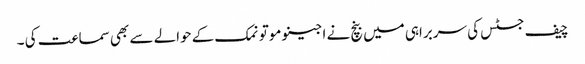
چیف جسٹس کی سربراہی میں بنچ نے اجینو موتو نمک کے حوالے سے بھی سماعت کی ۔